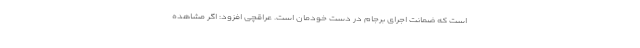
است که ضمانت اجرای برجام در دست خودمان است. عراقچی افزود: اگر مشاهده